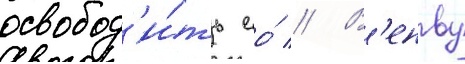
освобод'и́ть ео́ // В'енву